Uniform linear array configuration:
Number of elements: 48
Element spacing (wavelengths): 1
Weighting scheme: uniform
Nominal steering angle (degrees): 45
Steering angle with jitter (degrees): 45.418
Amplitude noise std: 0.05
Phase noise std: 0.05

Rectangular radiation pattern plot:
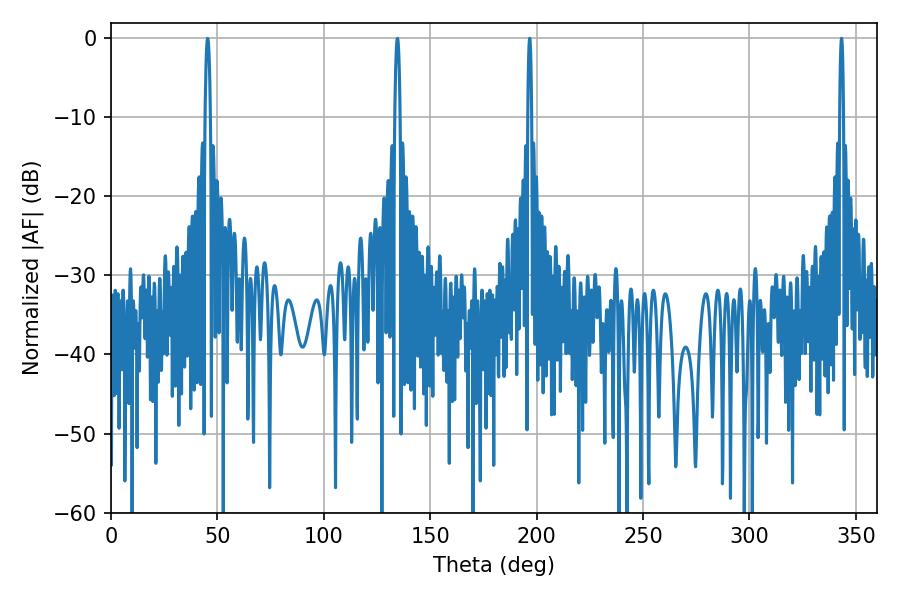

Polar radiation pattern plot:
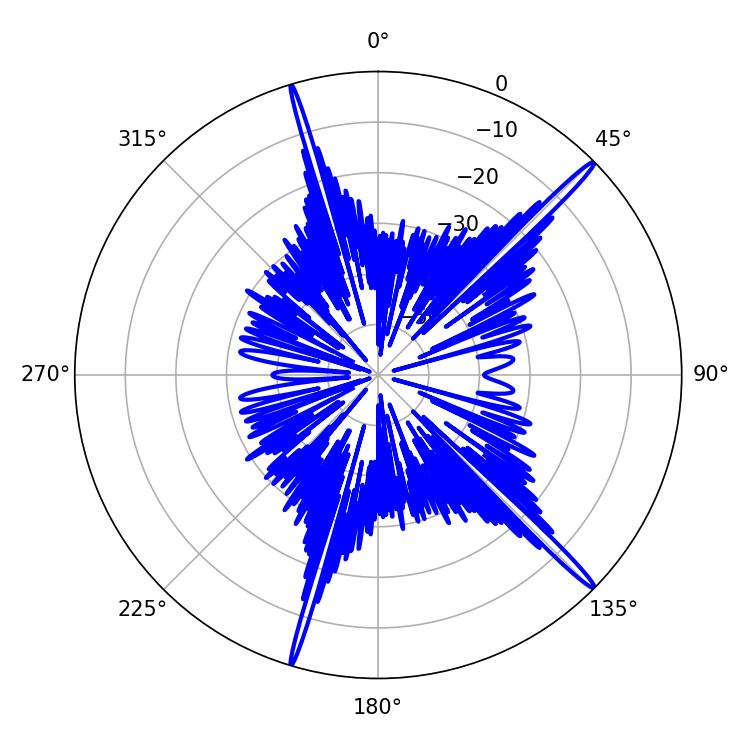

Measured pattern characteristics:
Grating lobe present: TRUE
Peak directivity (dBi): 18.29
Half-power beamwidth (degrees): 0.9
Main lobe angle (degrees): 343.26